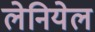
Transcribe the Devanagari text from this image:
लेनियेल